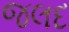
જલદ